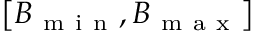
\left[ B _ { \mathrm { ~ m ~ i ~ n ~ } } , B _ { \mathrm { ~ m ~ a ~ x ~ } } \right]